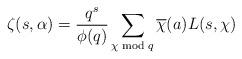
LaTeX: \begin{align*}\zeta(s,\alpha)= \frac{q^s}{\phi(q)} \sum_{\chi \bmod q} \overline{\chi}(a) L(s,\chi)\end{align*}